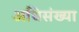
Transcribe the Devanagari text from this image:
अधिसंख्या